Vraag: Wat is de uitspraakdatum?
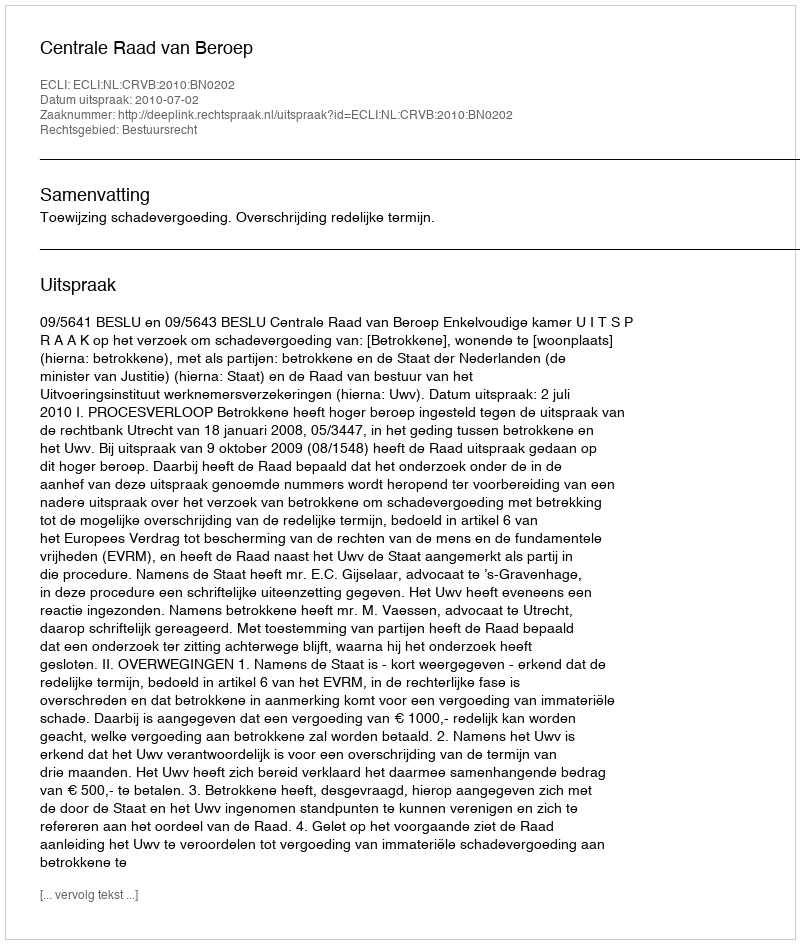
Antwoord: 2010-07-02